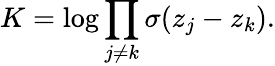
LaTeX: K=\log\prod_{j\neq k}\sigma(z_{j}-z_{k}).